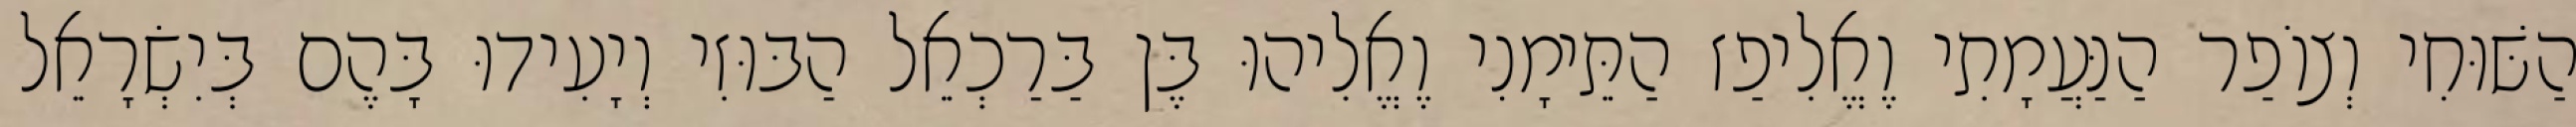
הַשּׁוּחִי וְצוֹפַר הַנַּעֲמָתִי וֶאֱלִיפַז הַתֵּימָנִי וֶאֱלִיהוּ בֶּן בַּרַכְאֵל הַבּוּזִי וְיָעִידוּ בָּהֶם בְּיִשְׂרָאֵל